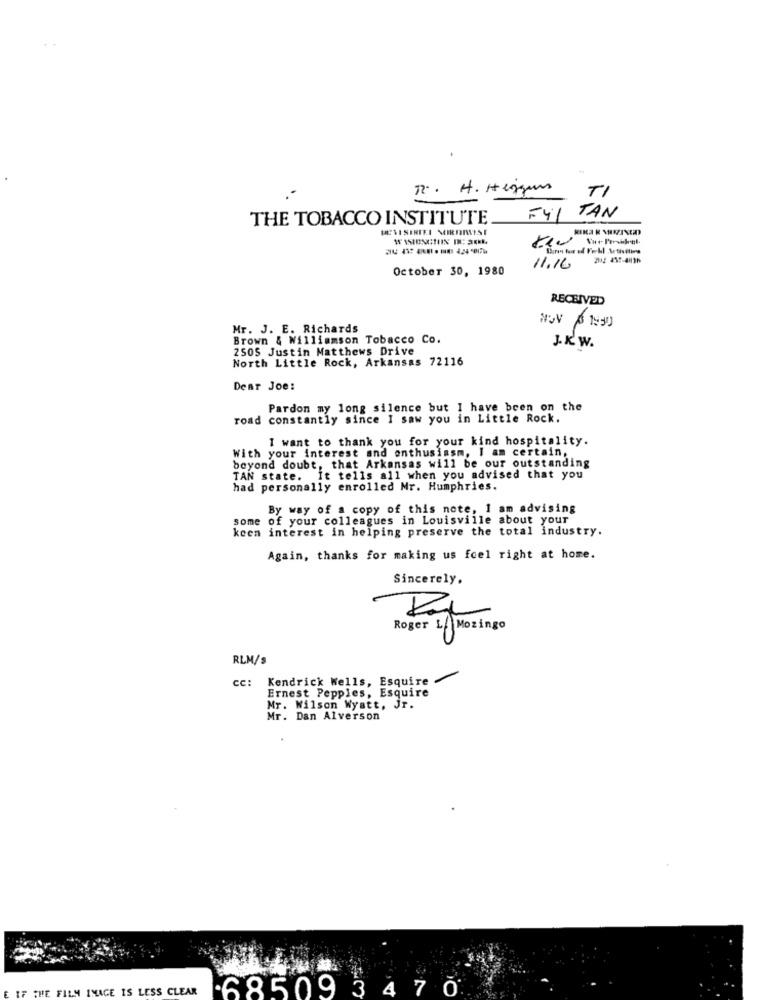
1. H. Hinguns
TI
THE TOBACCO INSTITUTE
F41
TAN
October 30, 1980
11.16
RECEIVED
Mr. J. E. Richards
Brown & Williamson Tobacco Co.
J. K W.
2505 Justin Matthews Drive
North Little Rock, Arkansas 72116
Dear Joe:
Pardon my long silence but I have been on the
road constantly since I saw you in Little Rock.
I want to thank you for your kind hospitality.
With your interest and enthusiasm, I am certain.
beyond doubt, that Arkansas will be our outstanding
TAN state. It tells all when you advised that you
had personally enrolled Mr. Humphries.
By way of a copy of this note, 1 am advising
some of your colleagues in Louisville about your
keen interest in helping preserve the total industry.
Again, thanks for making us feel right at home.
Sincerely.
Roger LA Mozingo
RLM/s
cc: Kendrick Wells, Esquire
Ernest Pepples, Esquire
Mr. Wilson Wyatt, Jr.
Mr. Dan Alverson
IF THE FILM IMAGE IS LESS CLEAR
68509 3 47 0